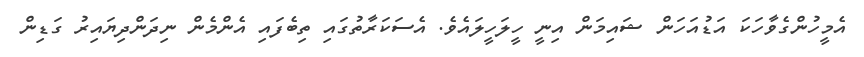
އެމީހުންގެވާހަކަ އަޑުއަހަން ޝައިމަން އިނީ ހީލަހީލައެވެ. އެސަކަރާތުގައި ތިބެފައި އެންމެން ނިދަންދިޔައިރު ގަޑިން